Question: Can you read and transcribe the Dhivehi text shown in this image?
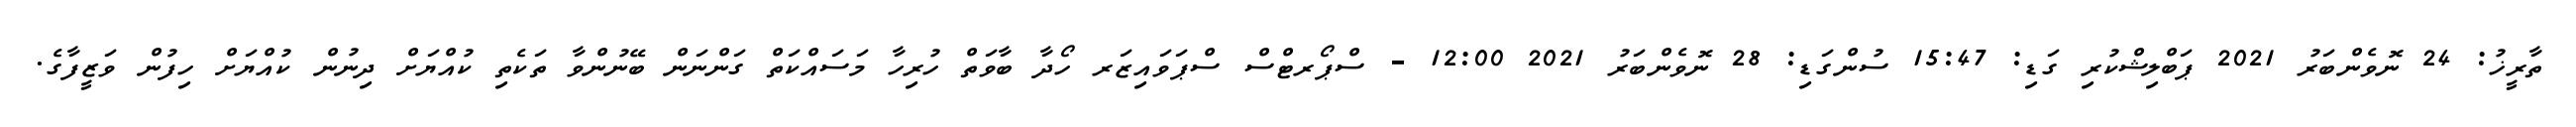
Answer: ތާރީޚު: 24 ނޮވެންބަރު 2021 ޕަބްލިޝްކުރި ގަޑި: 15:47 ސުންގަޑި: 28 ނޮވެންބަރު 2021 12:00 - ސްޕޯރޓްސް ސްޕަވައިޒަރ ހޯދާ ބާވަތް ހުރިހާ މަސައްކަތް ގަންނަން ބޭނުންވާ ތަކެތި ކުއްޔަށް ދިނުން ކުއްޔަށް ހިފުން ވަޒީފާގެ.